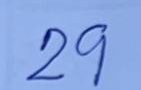
29